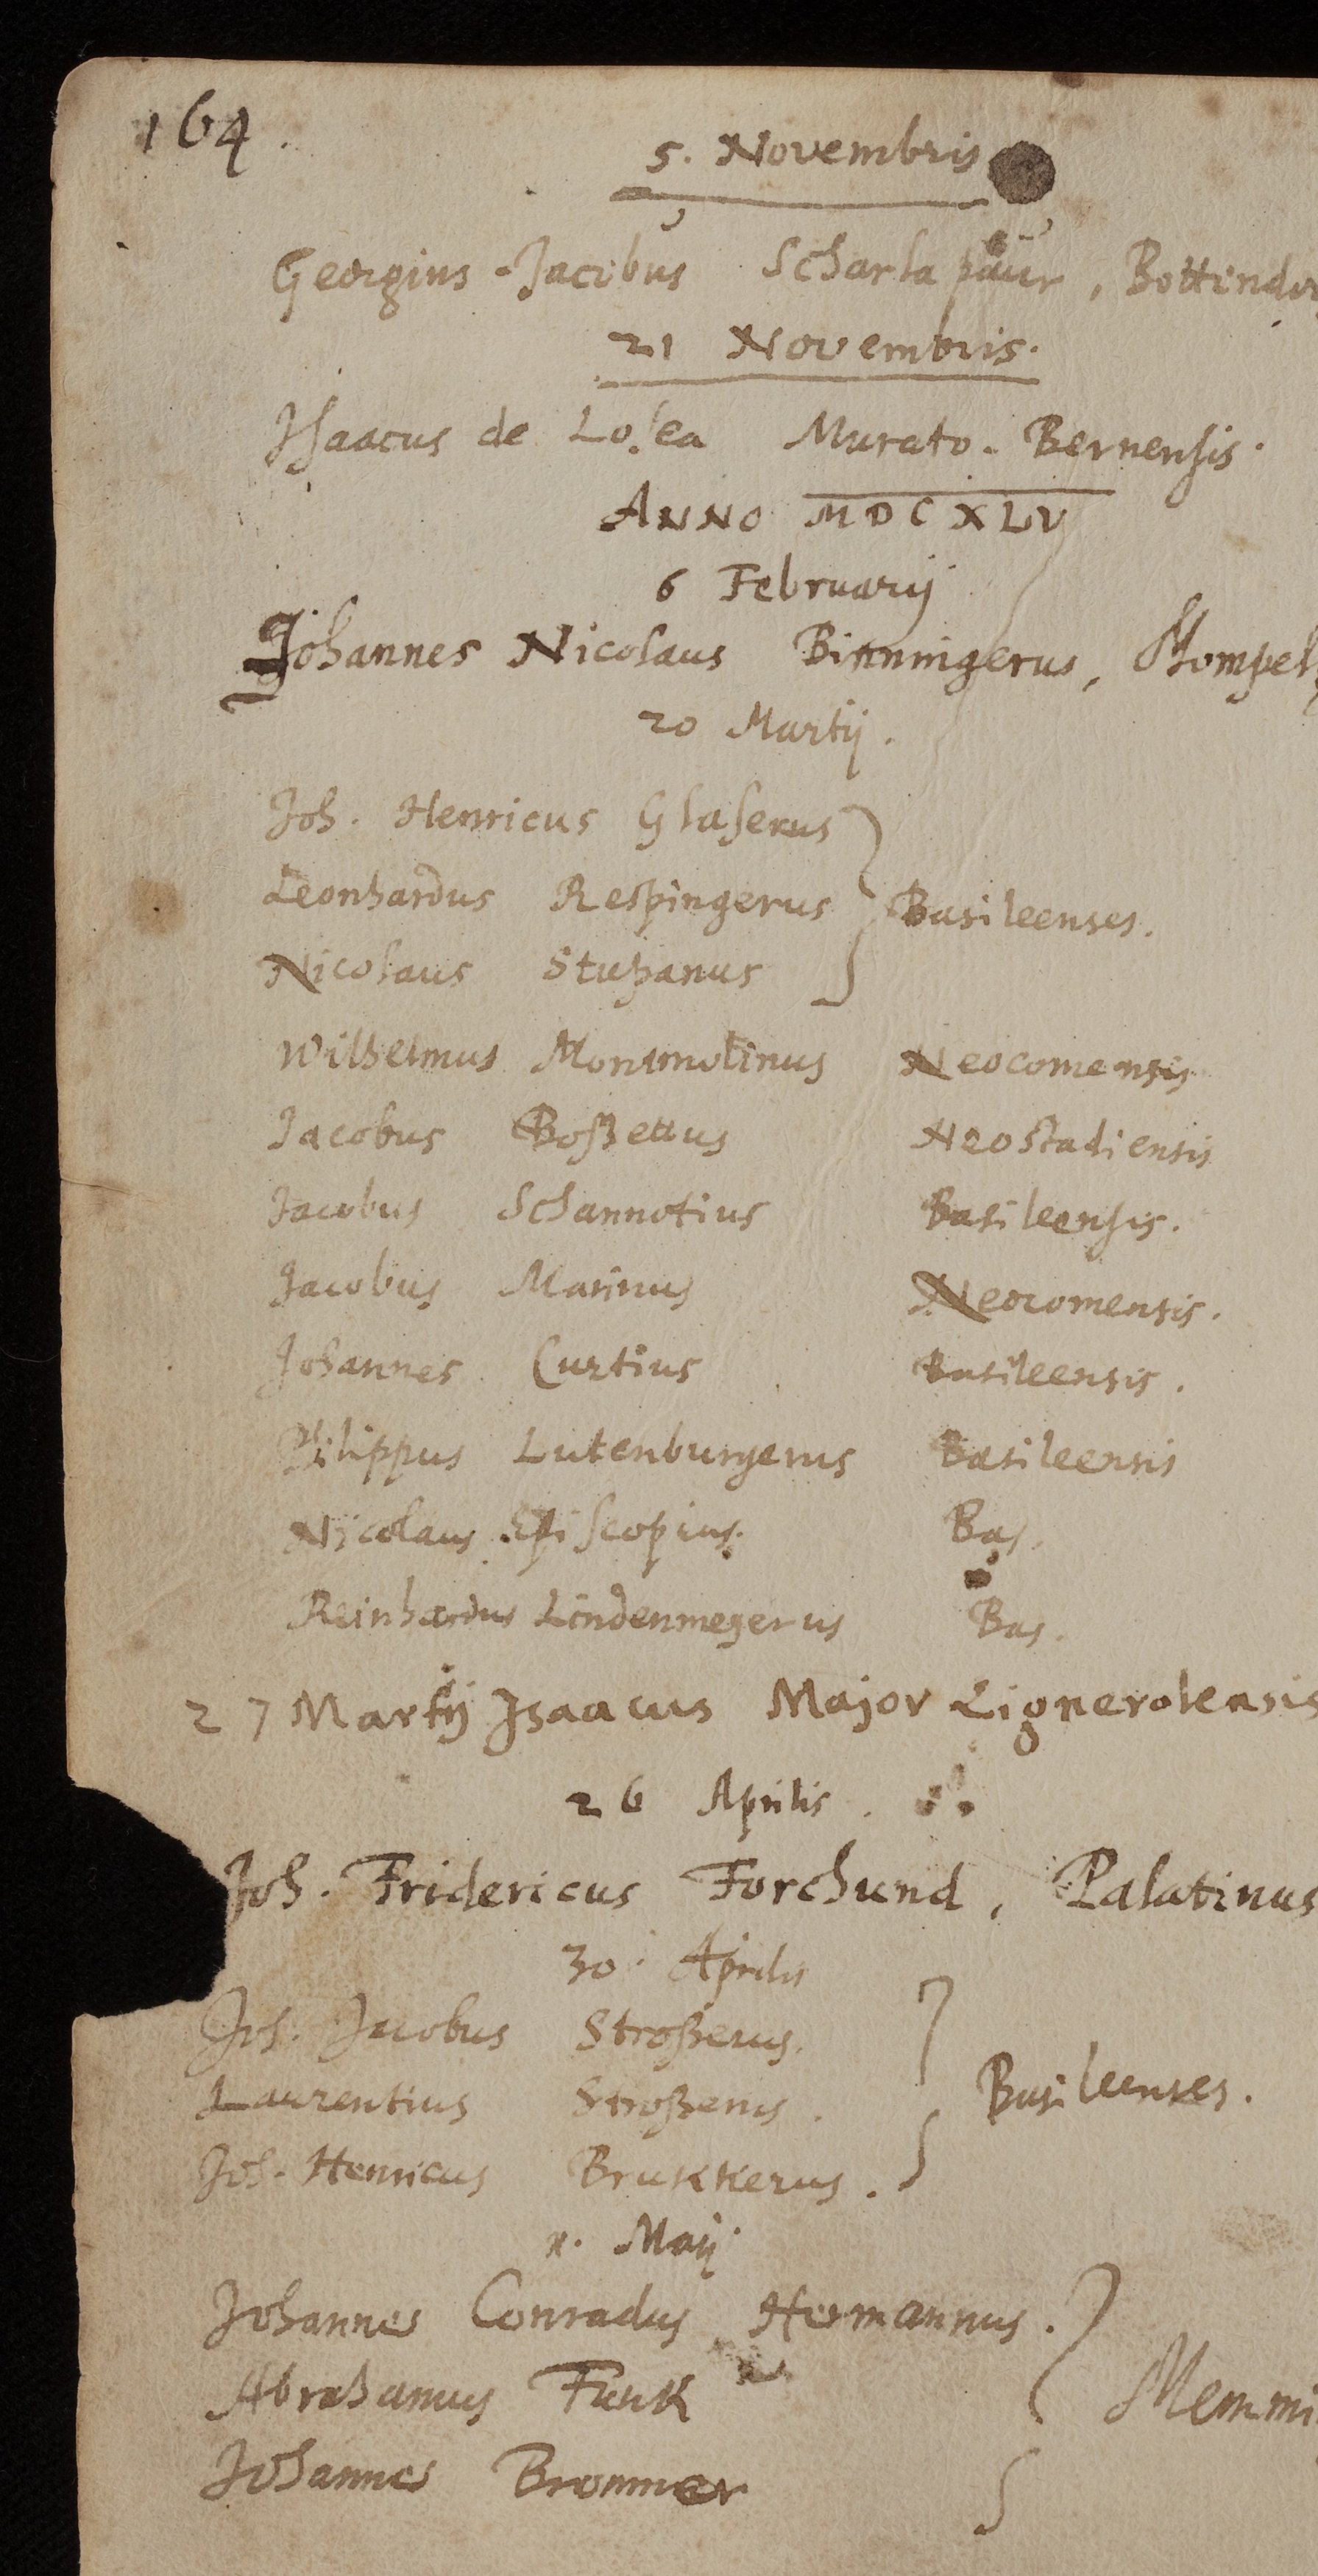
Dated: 1543–1672